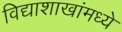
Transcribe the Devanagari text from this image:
विद्याशाखांमध्ये